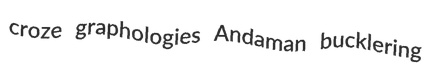
croze graphologies Andaman bucklering